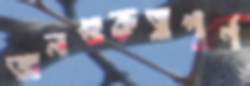
জনগুরুত্বপূর্ণ